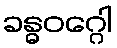
ခန္ဓဝဂ္ဂေါ